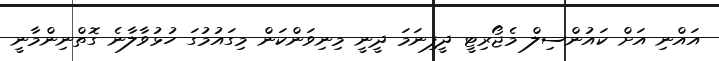
އައްނި އަށް ކައުންސިލް މެޖޯރިޓީ ދީފިނަމަ ދީނީ މިނިވަންކަން މިގައުމުގަ ހުޅުވާލާނެ ގޮތްނިންމާނީ